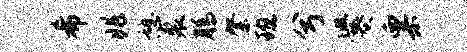
希兆憩裘腾綮班兮爨粟